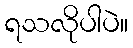
ရသလိုပါပဲ။